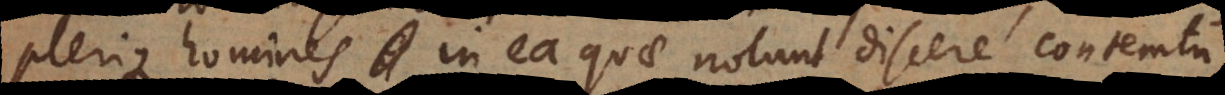
plerique homines in ea quae nolunt discere contemtu